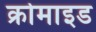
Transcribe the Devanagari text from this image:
क्रोमाइड